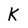
Character: K